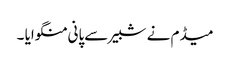
میڈم نے شبیر سےپانی منگوایا ۔